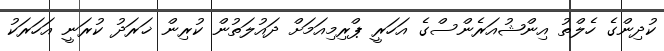
ކުދިންގެ ހެލްތު އިންޝުއަރެންސްގެ އަހަރީ ޕްރިމިއަމަށް ދައުލަތުން ކުރިން ޚަރަދު ކުރަނީ އަހަރަކު